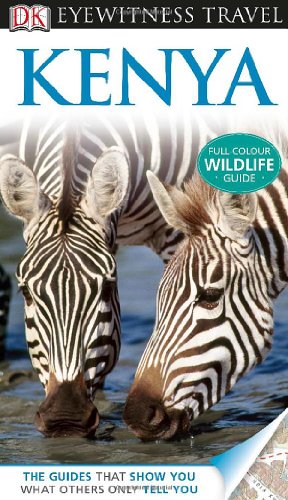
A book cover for DK Eyewitness Travel Guide: Kenya; Philip Briggs; Travel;